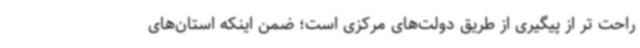
راحت تر از پیگیری از طریق دولت‌های مرکزی است؛ ضمن اینکه استان‌های